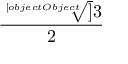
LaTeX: \frac { \sqrt [ [object Object] ] { 3 } } { 2 }